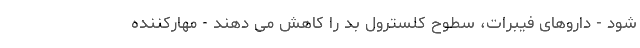
شود - داروهای فیبرات، سطوح کلسترول بد را کاهش می دهند - مهارکننده